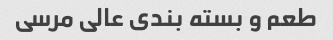
طعم و بسته بندی عالی مرسی